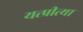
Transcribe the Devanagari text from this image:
यत्प्रीत्या